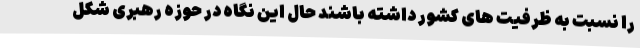
را نسبت به ظرفیت های کشور داشته باشند حال این نگاه در حوزه رهبری شکل